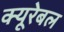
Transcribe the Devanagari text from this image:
क्यूरेबल